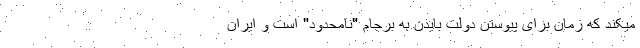
میکند که زمان برای پیوستن دولت بایدن به برجام "نامحدود" است و ایران